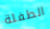
الطفلة